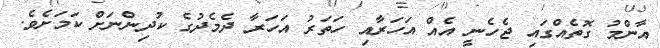
އާންމު ގޮތެއްގައި ޖެހެނީ އެއް އަހަރާއި ހަތަރު އަހަރާ ދެމެދުގެ ކުދިންނަށް ކަމަށެވެ.